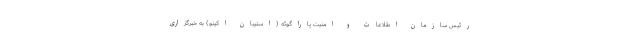
رئیس سازمان اطلاعات و امنیت پاراگوئه (استیبان اکینو) به خبرگزاری